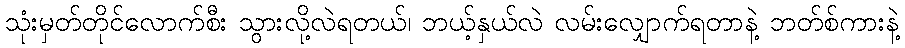
သုံးမှတ်တိုင်လောက်စီး သွားလို့လဲရတယ်၊ ဘယ့်နှယ်လဲ လမ်းလျှောက်ရတာနဲ့ ဘတ်စ်ကားနဲ့